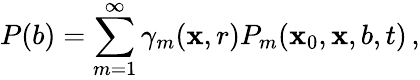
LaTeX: P(b)=\sum_{m=1}^{\infty}\gamma_{m}(\mathbf{x},r)P_{m}(\mathbf{x}_{0},\mathbf{x},b,t)\, ,